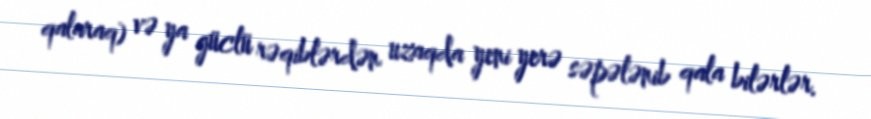
qalaraq) və ya güclü rəqiblərdən uzaqda yeni yerə səpələnib qala bilərlər.